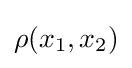
\rho (x_{1},x_{2})